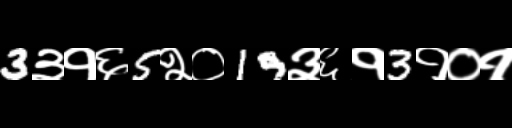
Text: 3३१६5२०19३६१3१०१